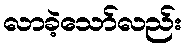
လာခဲ့သော်လည်း